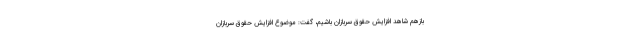
بازهم شاهد افزایش حقوق سربازان باشیم، گفت: موضوع افزایش حقوق سربازان